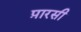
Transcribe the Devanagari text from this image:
प़ारसी